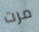
مرت